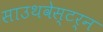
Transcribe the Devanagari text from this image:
साउथवेस्टर्न